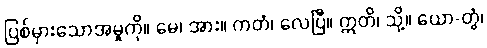
ပြစ်မှားသောအမှုကို။ မေ၊ အား။ ကတံ၊ လေပြီ။ ဣတိ၊ သို့။ ယော-တွံ၊